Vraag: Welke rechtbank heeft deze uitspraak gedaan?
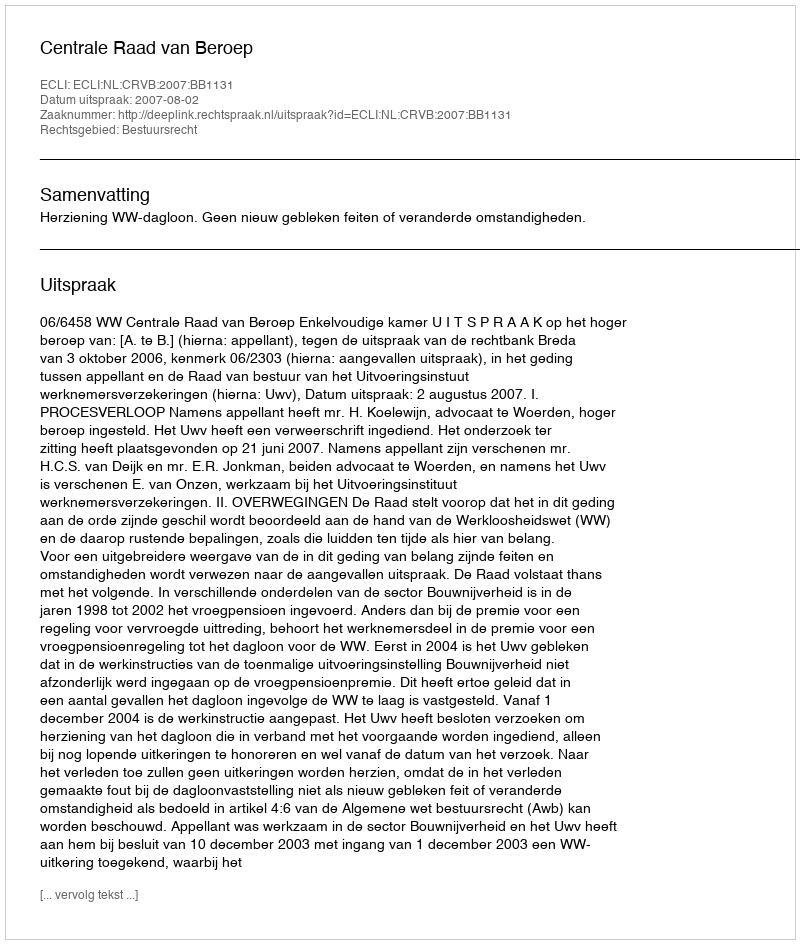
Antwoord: Centrale Raad van Beroep